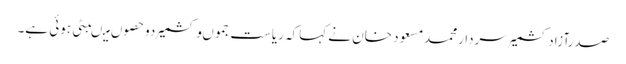
صدرآزادکشمیرسردارمحمدمسعود خان نے کہاکہ ریاست جموںوکشمیر دوحصوں میںبٹی ہوئی ہے۔